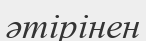
әтірінен